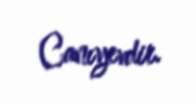
Canıyevdir.